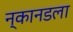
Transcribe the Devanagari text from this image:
न्कानडला